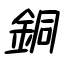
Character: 銅